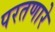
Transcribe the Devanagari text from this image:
परतणारे